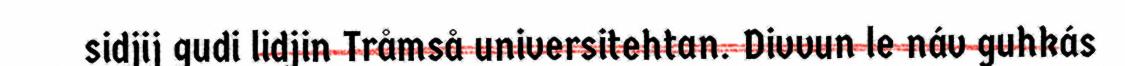
sidjij gudi lidjin Tråmså universitehtan. Divvun le náv guhkás